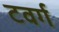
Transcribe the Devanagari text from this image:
टवर्ग